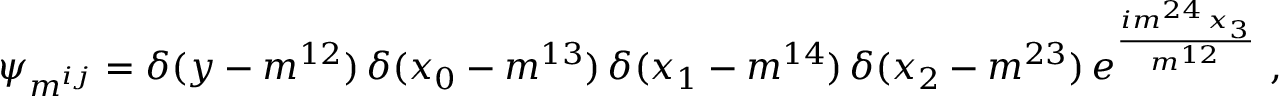
\psi _ { m ^ { i j } } = \delta ( y - m ^ { 1 2 } ) \, \delta ( x _ { 0 } - m ^ { 1 3 } ) \, \delta ( x _ { 1 } - m ^ { 1 4 } ) \, \delta ( x _ { 2 } - m ^ { 2 3 } ) \, e ^ { \frac { i m ^ { 2 4 } \, x _ { 3 } } { m ^ { 1 2 } } } \ ,